Burma Government Medical School reports 1907-22
Year: 1907
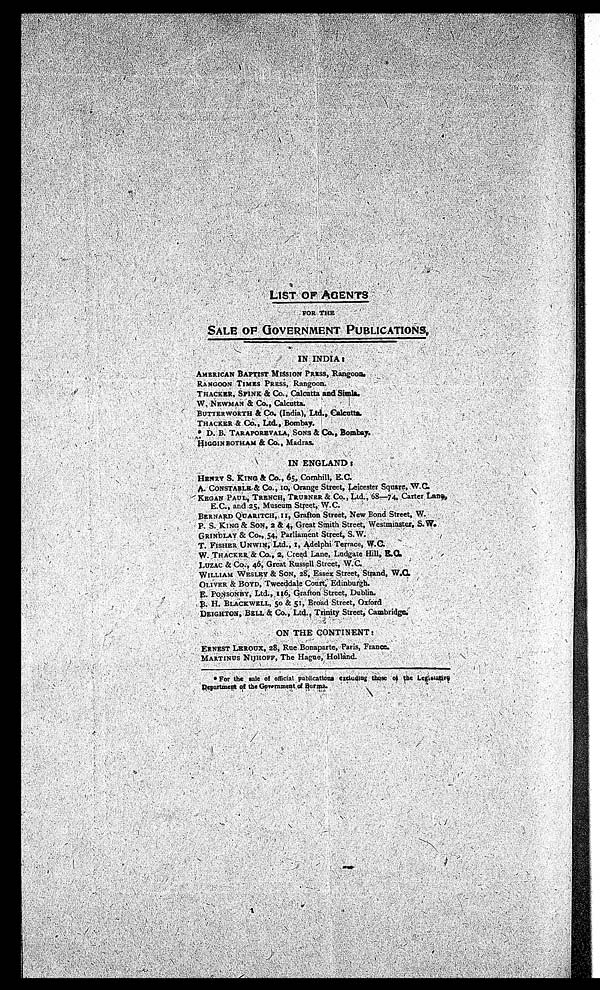
LIST OF AGENTS
FOR THE
SALE OF GOVERNMENT P
UBLICATIONS. IN INDIA:
AMERICAN BAPTIST MISSION PRESS, Rangoon
.
RANGOON TIMES PRESS, Rangoon.
THACKER, SPINK & CO., Calcutta and Simla.
W.NEWMAN & Co., Calcutta.
BUTTER WORTH & Co. (India), Ltd., Calcutta.
THACKER &
Co., Ltd, Bombay.
D. B. TARAPOREVALA, SONS & Co. , Bombay.
HiGGIN BOTHAM & Co., Madras.
IN ENGLAND:
HENRY S. KING & Co., 65, Comhill, E.C.
A. CONSTABLE, & Co., 10, Orange Street, Leicester Square, W.C.
KEGAN PAUL, TRENCH, TRUBNER & Co., Ltd.,68—74, Carter Lan
.
E.C., and 25, Museum Street, W.C.
BERNARD QUARITCH, II, Grafton Street, New Bond Street, W.
P. S. KING & SON, 2 & 4, Great Smith Street, Westminster, S.W.
GRINDLAY & Co., 54, Parliament Street, S.W.
T. FISHER UNWIN, Ltd., I, Adelphi Terrace,
W.C.
W. THACKER & Co., 2, Creed Lane, Ludgate Hill,
E.C.
LUZAC & Co., 46, Great Russell Street, W.C.
WILLIAM WESLEY & SON, 28, Essex Street, Strand, W.C.
OLIVER BOYD, Tweeddale Court, Edinburgh.
E. PONSONBY, Ltd., 116, Grafton Street, Dublin.
B. H. BLACKWELL, 50 & 51, Broad street, Oxford
DEIGHTON, BELL & CO., Ltd., Trinity Street, Cambridge.
ON THE CONTINENT:
ERNEST LEROUX, 28, Rue Bonaparte, Paris, France.
MARTINUS NIJHOFF, The Hague, Hollànd.
* For the sale of official publications excluding those of the Le
gislasive Department of the Government of Burma.